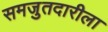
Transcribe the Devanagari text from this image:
समजुतदारीला